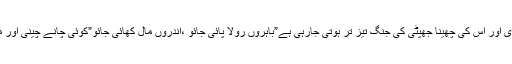
جتنے منہ اتنی باتیں ہیں ایک دوسرے کے لتے لیے جارہے ہیں اور اقتداری کرسی کی برقراری اور اس کی چھینا جھپٹی کی جنگ تیز تر ہوتی جارہی ہے”باہروں رولا پائی جائو ،اندروں مال کھائی جائو”کوئی چانے چینی اور مرچوں کی ملوں اور موبل آئل “پرانے کو نیا”کرنے والوںکوپوچھتا نہیںکہ وہ کیا کر رہے ہیں؟